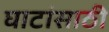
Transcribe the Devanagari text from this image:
घाटांसाठी